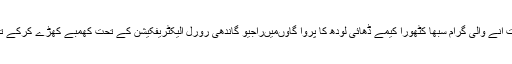
امیٹھی ضلع کے صنعتی علاقہ جگدیش پور کے تحت آنے والی گرام سبھا کٹھورا کیمے ڈھائی لودھ کا پُروا گاؤںمیںراجیو گاندھی رورل الیکٹریفکیشن کے تحت کھمبے کھڑے کرکے تار دوڑا دیے گئے تھے لیکن ان میںبجلی نہیںدوڑی۔